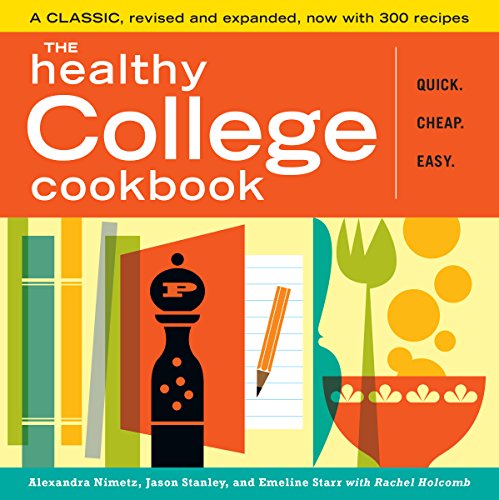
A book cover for The Healthy College Cookbook; Alexandra Nimetz; Cookbooks, Food & Wine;